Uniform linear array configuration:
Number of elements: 32
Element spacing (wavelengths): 0.25
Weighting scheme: cosine
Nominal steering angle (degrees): -45
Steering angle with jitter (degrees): -43.198
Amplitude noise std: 0.05
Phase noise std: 0.05

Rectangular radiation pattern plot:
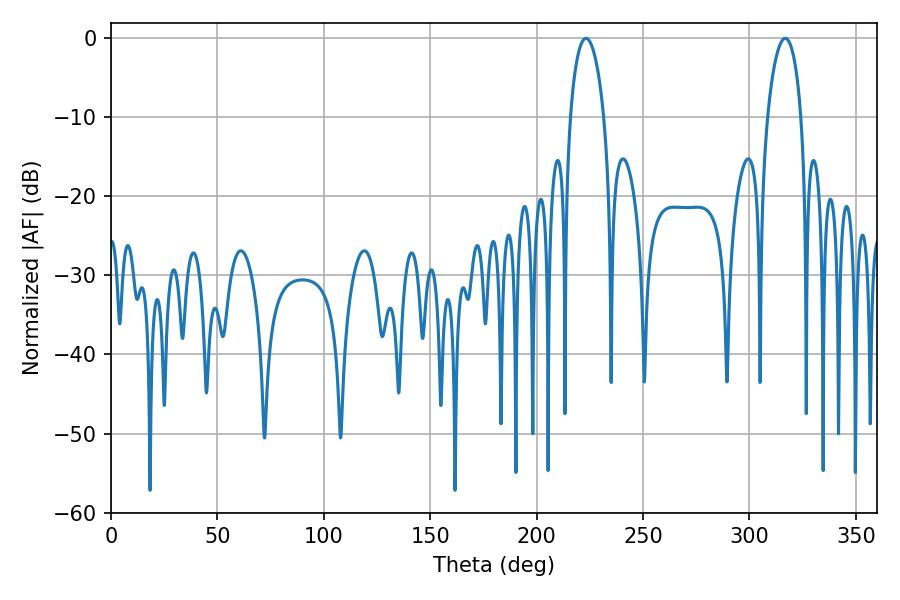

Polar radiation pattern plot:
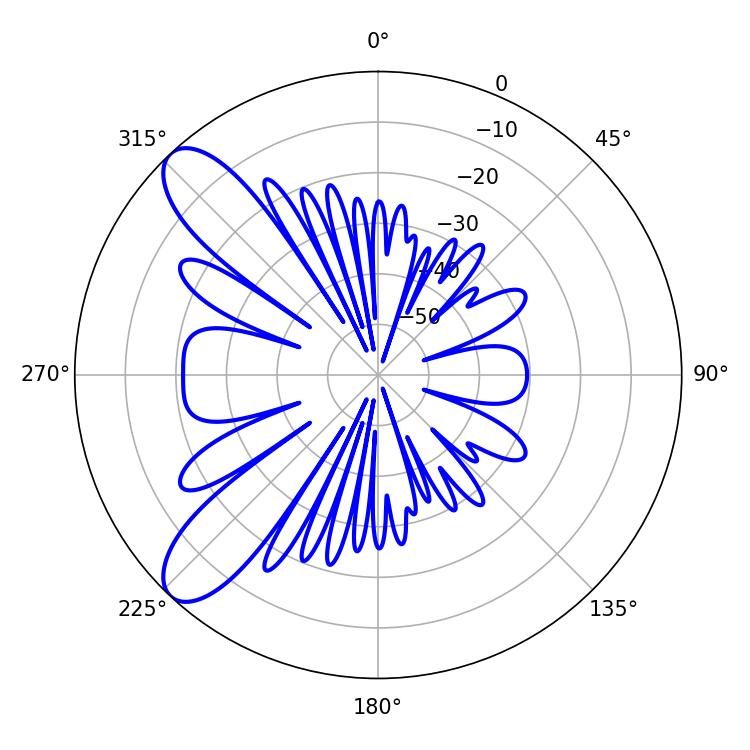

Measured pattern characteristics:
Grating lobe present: FALSE
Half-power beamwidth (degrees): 9
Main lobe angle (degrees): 316.8